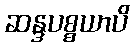
ဆန္ဒပစ္စယာပိ